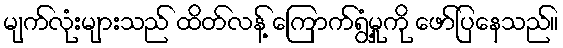
မျက်လုံးများသည် ထိတ်လန့် ကြောက်ရွံ့မှုကို ဖော်ပြနေသည်။